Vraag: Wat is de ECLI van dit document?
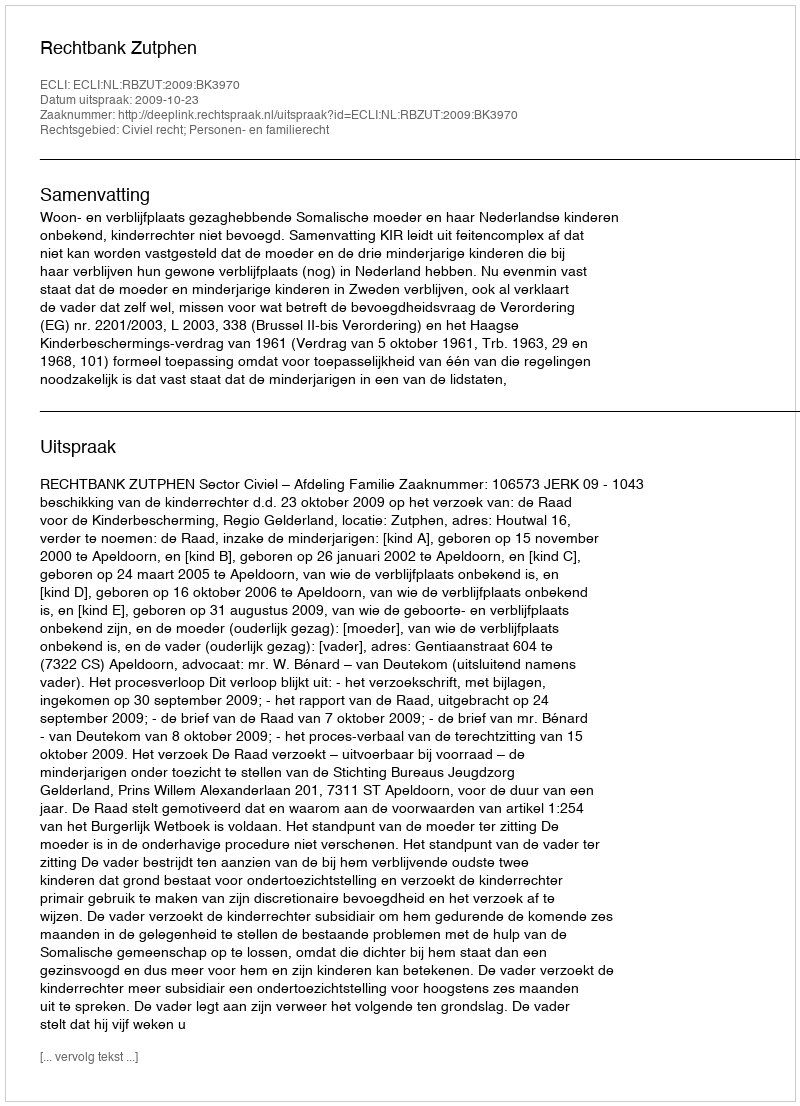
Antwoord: ECLI:NL:RBZUT:2009:BK3970